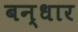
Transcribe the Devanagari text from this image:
बन्धार